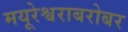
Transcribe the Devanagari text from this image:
मयूरेश्वराबरोबर